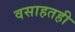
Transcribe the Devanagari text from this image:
वसाहतही